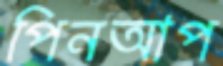
পিনআপ